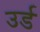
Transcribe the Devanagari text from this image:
उर्ड